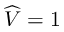
\widehat V = 1